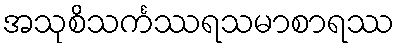
အသုစိသင်္ကဿရသမာစာရဿ